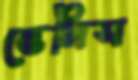
ভেনিস